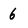
Character: 6